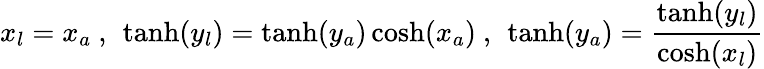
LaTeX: x_{l}=x_{a}\ ,\ \operatorname{tanh}(y_{l})=\operatorname{tanh}(y_{a})\cosh(x_{a})\ ,\ \operatorname{tanh}(y_{a})={\frac{\operatorname{tanh}(y_{l})}{\cosh(x_{l})}}